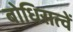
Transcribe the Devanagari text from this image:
बोधिसत्वें